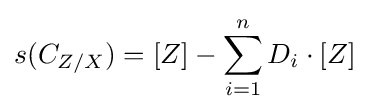
s(C_{Z/X})=[Z]-\sum _{i=1}^{n}D_{i}\cdot [Z]